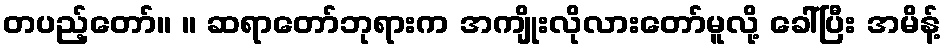
တပည့်တော်။ ။ ဆရာတော်ဘုရားက အကျိုးလိုလားတော်မူလို့ ခေါ်ပြီး အမိန့်